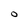
Character: O